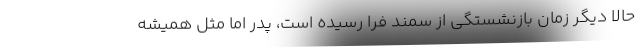
حالا ديگر زمان بازنشستگي از سمند فرا رسيده است، پدر اما مثل هميشه